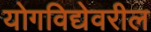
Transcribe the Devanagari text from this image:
योगविद्येवरील